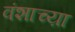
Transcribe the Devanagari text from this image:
वंशाच्य़ा